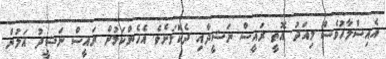
އެއިސްލާހުވެސް މިއަދު އޮތީ ރައީސް ނަޝީދާއި ދެކޮޅަށެވެ. އެހެންކަމުން ރައީސް ނަޝީދު އަލުން